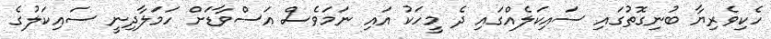
ހެކިވެރިޔާ ބުނިގޮތުގައި ސައިކަލެއްގައި ދެ މީހަކު އައި ނަމަވެސް އަސްވާޑަށް ހަމަލާދިނީ ސައިކަލުގެ